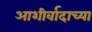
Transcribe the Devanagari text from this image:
आशीर्वादाच्या